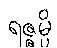
ရဇ္ဇမ္ပိ